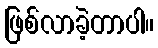
ဖြစ်လာခဲ့တာပါ။